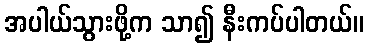
အပါယ်သွားဖို့က သာ၍ နီးကပ်ပါတယ်။